Medical and sanitary report of the native army of Madras for the year
Year: 1878
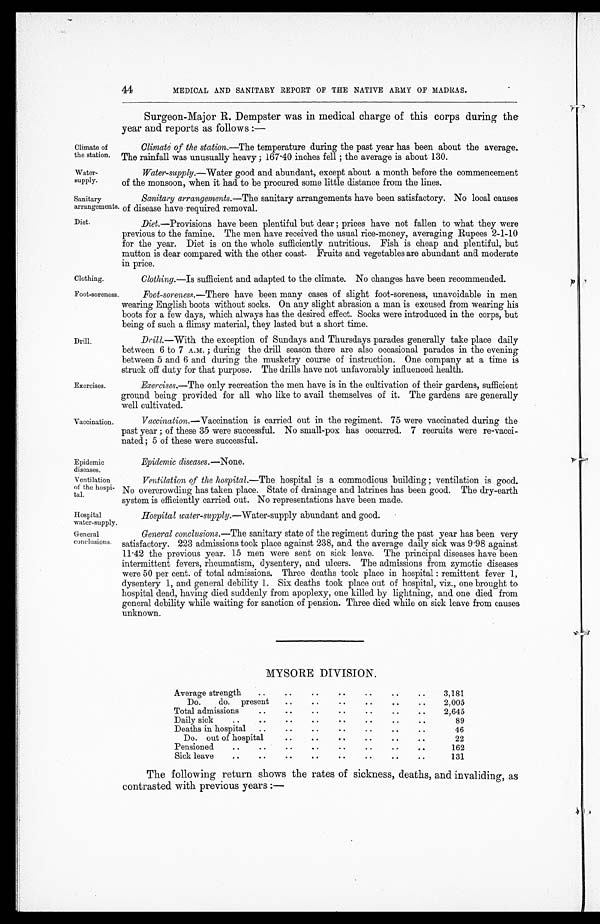
Climate of
the station.
Water-
supply.
Sanitary
arrangements.
Diet.
Epidemic
diseases.
Ventilation
of the
hospital.
Hospital
water-supply.
General
conclusions.
44
MEDICAL AND SANITARY REPORT OF THE NATIVE ARMY OF MADRAS.
Surgeon-Major R. Dempster was in medical charge of this corps during the-
year and reports as follows :—
Climate of the station. —The temperature during the past year has been about the average.
The rainfall was unusually heavy ; 167.40 inches fell ; the average is about 130.
Water-supply.—Water good and abundant, except about a month before the commencement
of the monsoon, when it had to be procured some little distance from the lines.
Sanitary arrangements. —The sanitary arrangements have been satisfactory. No local causes
of disease have required removal.
Diet.—Provisions have been plentiful but dear ; prices have not fallen to what they were
previous to the famine. The men have received the usual rice-money, averaging Rupees 2-1-10
for the year. Diet is on the whole sufficiently nutritious. Fish is cheap and plentiful, but
mutton is dear compared with the other coast. Fruits and vegetables are abundant and moderate
in price.
Clothing.
Clothing. —Is sufficient and adapted to the climate. No changes have been recommended.
Foot-soreness.
Drill.
Exercises.
Vaccination.
Foot-soreness. —There have been many cases of slight foot-soreness, unavoidable in men
wearing English boots without socks. On any slight abrasion a man is excused from wearing his
boots for a few days, which always has the desired effect. Socks were introduced in the corps, but
being of such a flimsy material, they lasted but a short time.
Drill. —With the exception of Sundays and Thursdays parades generally take place daily
between 6 to 7 A.M. ; during the drill season there are also occasional parades in the evening
between 5 and 6 and during the musketry course of instruction. One company at a time is
struck off duty for that purpose. The drills have not unfavorably influenced health.
Exercises.—The only recreation the men have is in the cultivation of their gardens, sufficient
ground being provided for all who like to avail themselves of it. The gardens are generally
well cultivated.
Vaccination. —Vaccination is carried out in the regiment. 75 were vaccinated during the
past year ; of these 35 were successful. No small-pox has occurred. 7 recruits were re-vacci
nated ; 5 of these were successful.
Epidemic diseases. —None.
Ventilation of the hospital.—The hospital is a commodious building ; ventilation is good.
No overcrowding has taken place. State of drainage and latrines has been good. The dry-earth
system is efficiently carried out. No representations have been made.
Hospital water-supply. —Water-supply abundant and good.
General conclusions. —The sanitary state of the regiment during the past year has been very
satisfactory. 223 admissions took place against 238, and the average daily sick was 9.98 against
11.42 the previous year. 15 men were sent on sick leave. The principal diseases have been
intermittent fevers, rheumatism, dysentery, and ulcers. The admissions from zymotic diseases
were 50 per cent. of total admissions. Three deaths took place in hospital : remittent fever 1,
dysentery 1, and general debility 1. Six deaths took place out of hospital, viz., one brought to
hospital dead, having died suddenly from apoplexy, one killed by lightning, and one died from
general debility while waiting for sanction of pension. Three died while on sick leave from causes
unknown.
MYSORE DIVISION.
Average strength
..
. .
. .
. .
. .
. .
. .
3,181
Do.
do. present
. .
. .
. .
. .
. .
. .
2,005
Total admissions
..
. .
. .
. .
. .
. .
. .
2,645
Daily sick
..
. .
. .
. .
. .
. .
. .
. .
89
Deaths in hospital ..
. .
. .
. .
. .
. . . .
46
Do. out of hospital
. .
. .
. .
. .
. .
. .
22
Pensioned
..
..
. .
. .
. .
. .
. .
. .
162
Sick leave
..
..
. .
. .
. .
. .
. .
. .
131
The following return shows the rates of sickness, deaths, and invaliding, as
contrasted with previous years :—